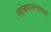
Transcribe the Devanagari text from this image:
लांबपल्ल्याच्या